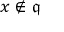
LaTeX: x \not \in { \mathfrak { q } }